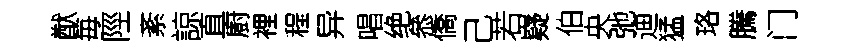
猷毎陘紊諒直廚裡程异唱绝叅僑己若嶷伯央弛迪猛珞騰门